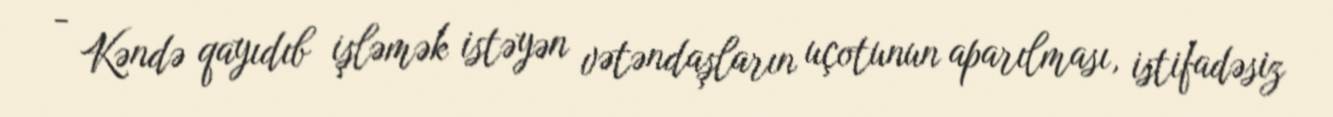
- Kəndə qayıdıb işləmək istəyən vətəndaşların uçotunun aparılması, istifadəsiz